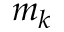
m _ { k }